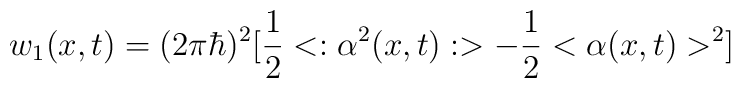
w_1 (x,t) = (2\pi\hbar)^2 [{1\over2}<:\alpha^2(x,t):> -{1\over2}<\alpha (x,t)>^2]